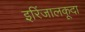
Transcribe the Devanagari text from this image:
इरिंजालकूदा